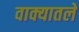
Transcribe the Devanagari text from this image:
वाक्यातले